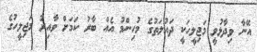
އޭނާ ވިދާޅުވީ މަޖިލީހަކީ ދައުލަތުގެ މުހިންމު އެއް ބާރު ކަމަށް ވާއިރު މަޖިލީހުގެ